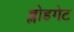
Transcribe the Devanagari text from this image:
ब्लोडगेट